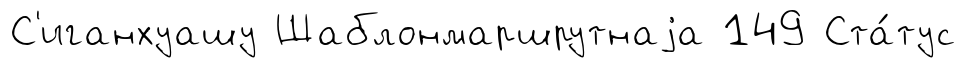
С'иганхуашу Шаблонмаршрутнаjа 149 Ста́тус